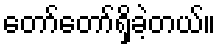
တော်တော်ရှိခဲ့တယ်။